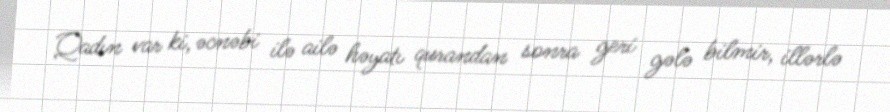
Qadın var ki, əcnəbi ilə ailə həyatı qurandan sonra geri gələ bilmir, illərlə